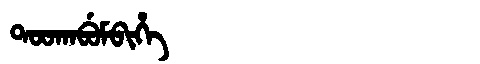
Manchu: ᡨᠣᠣᡴᠠᠪᡠᠮᠪᡳᡥᡝ
Romanization: TOOKABUMBIHE